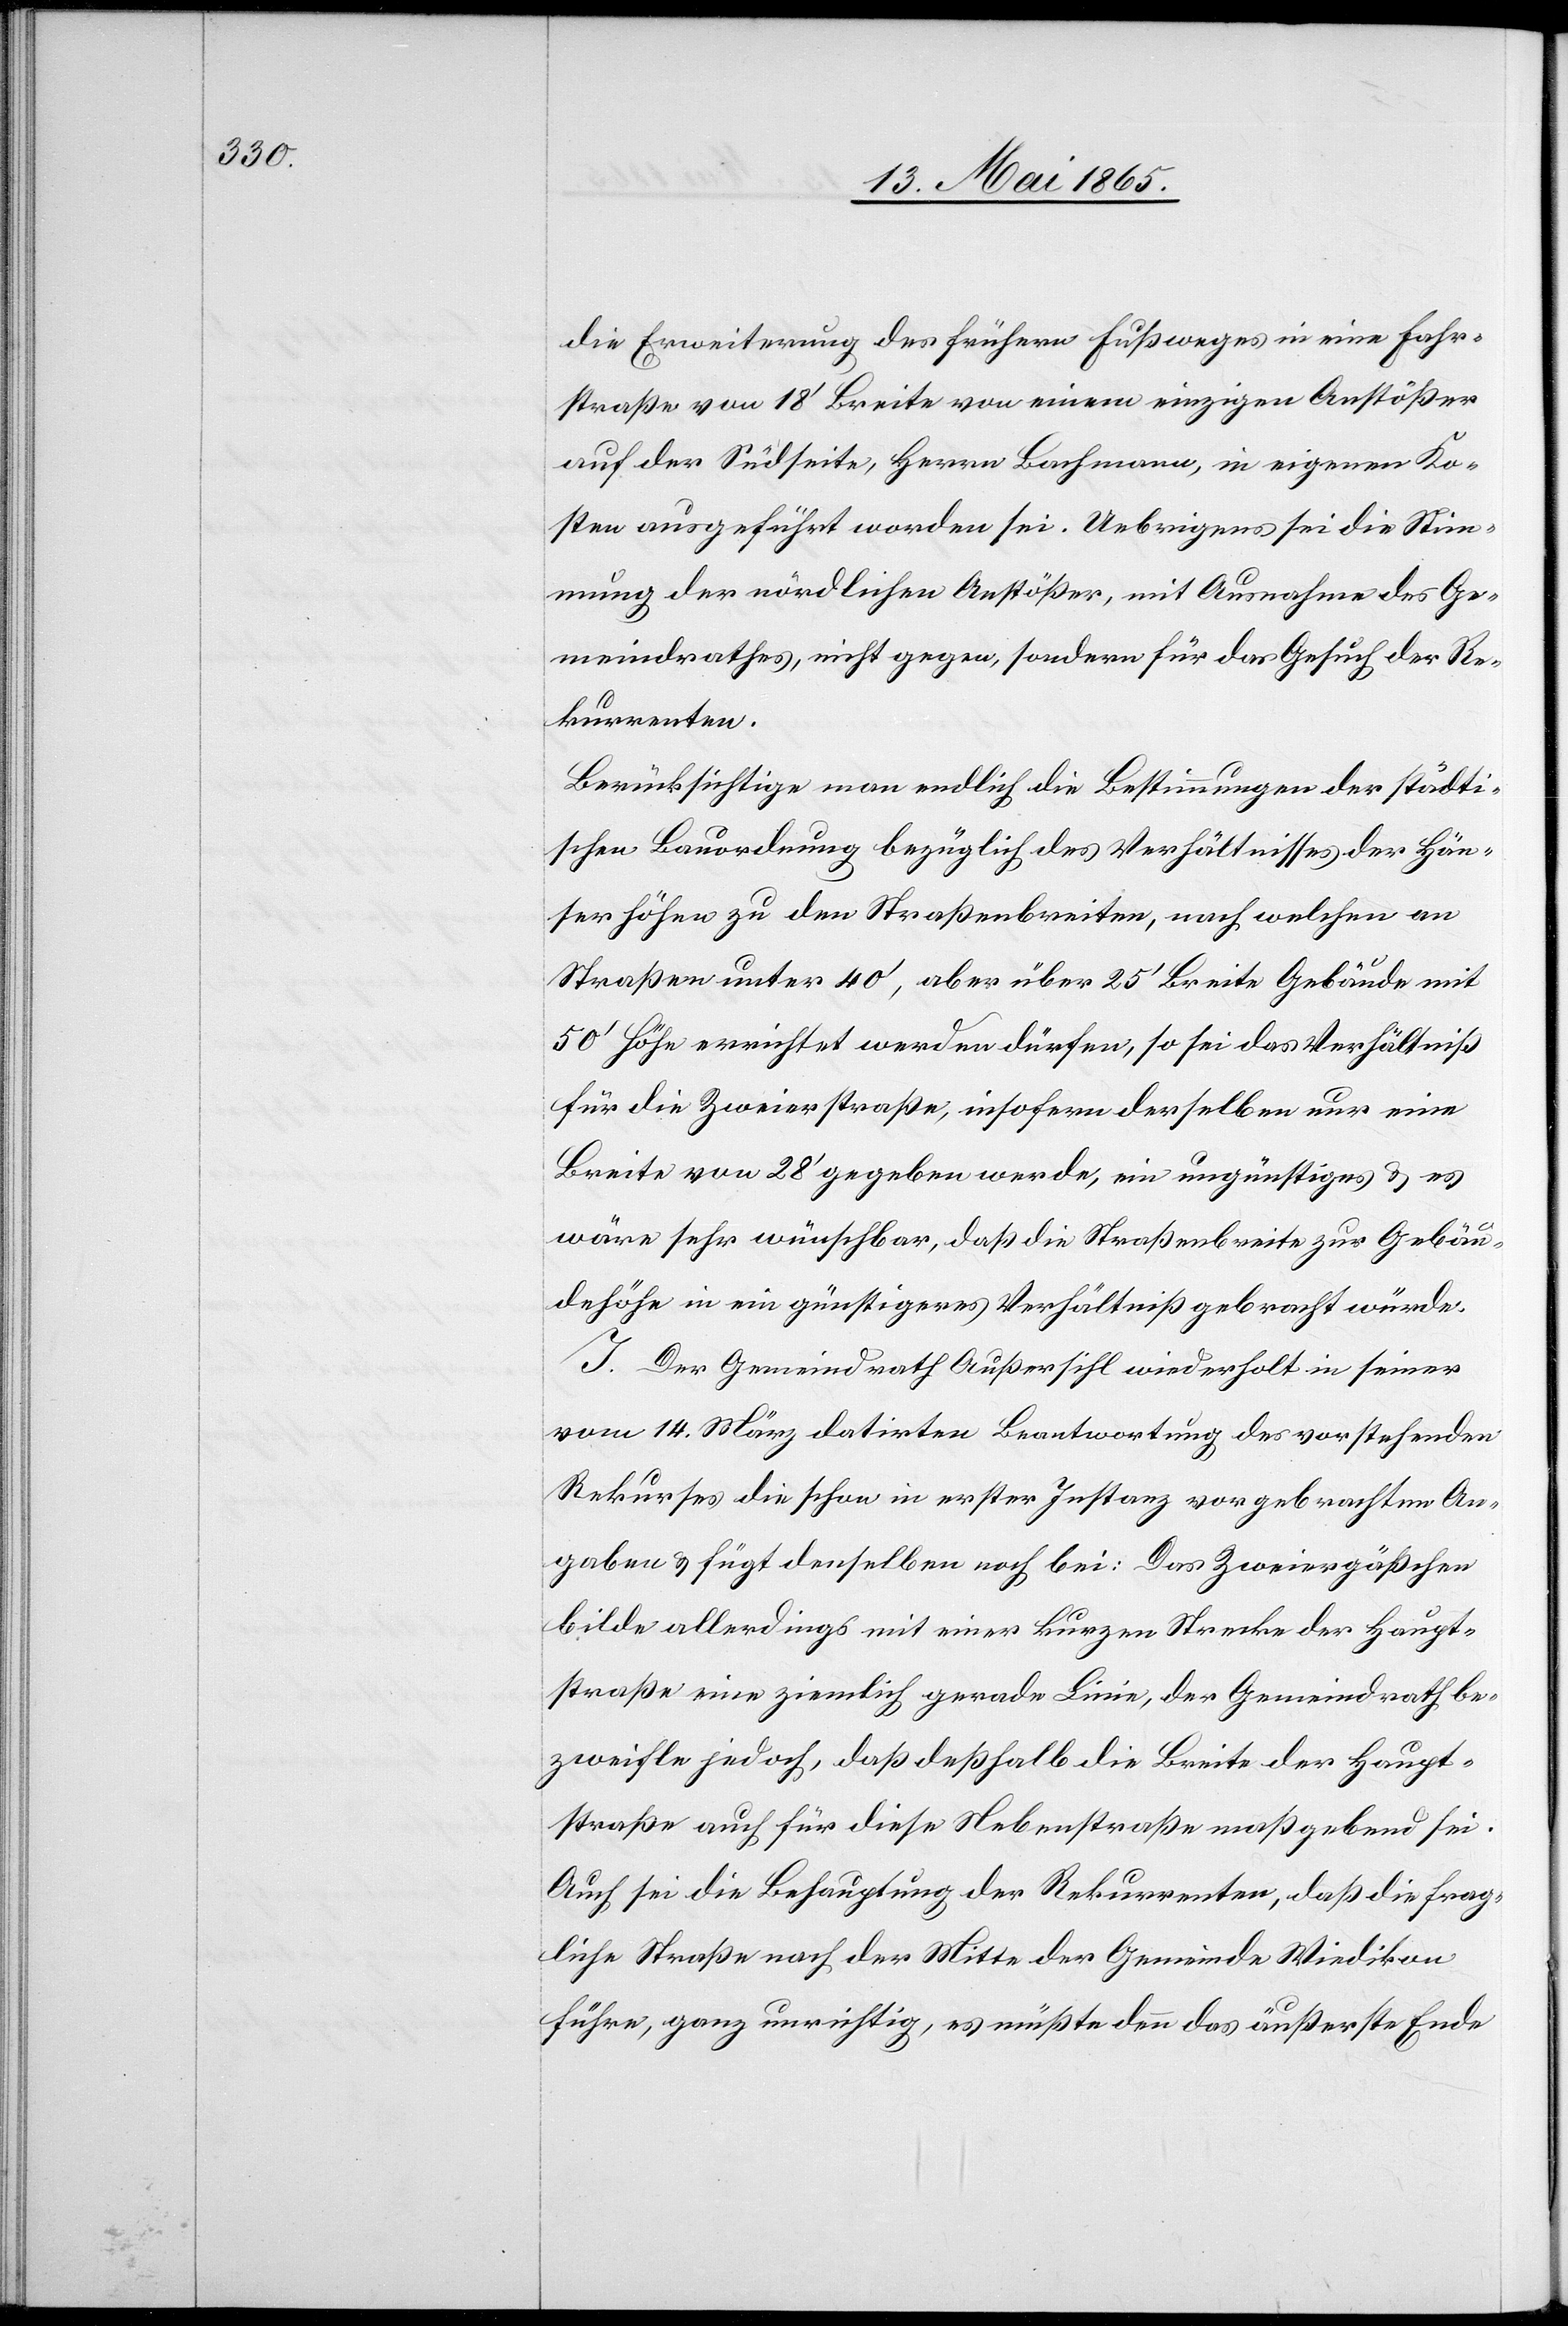
Häu¬

die Erweiterung des frühern Fußweges in eine Fahr¬
straße von 18’ Breite von einem einzigen Anstößer
auf der Südseite, Herrn Bachmann, in eigenen Ko¬
sten ausgeführt worden sei. Uebrigens sei die Stim¬
mung der nördlichen Anstößer, mit Ausnahme des Ge¬
meindrathes, nicht gegen, sondern für das Gesuch der Re¬
kurrenten.
Berücksichtige man endlich die Bestimmungen der städti¬
schen Bauordnung bezüglich des Verhältnisses der Hän¬
serhöhen] zu den Straßenbreiten, nach welchen an
Straßen unter 40’, aber über 25’ Breite Gebäude mit
50’ Höhe errichtet werden dürfen, so sei das Verhältniß
für die Zweierstraße, insofern derselben nur eine
Breite von 28’ gegeben werde, ein ungünstiges & es
wäre sehr wünschbar, daß die Straßenbreite zur Gebäu¬
dehöhe in ein günstigeres Verhältniß gebracht würde.
J. Der Gemeindrath Außersihl wiederholt in seiner
vom 14. März datirten Beantwortung des vorstehenden
Rekurses die schon in erster Instanz vorgebrachten An¬
gaben & fügt denselben noch bei: Das Zweiergäßchen
bilde allerdings mit einer kurzen Strecke der Haupt¬
straße eine ziemlich gerade Linie, der Gemeindrath be¬
zweifle jedoch, daß deßhalb die Breite der Haupt¬
straße auch für diese Nebenstraße maßgebend sei.
Auch sei die Behauptung der Rekurrenten, daß die frag¬
liche Straße nach der Mitte der Gemeinde Wiedikon
führe, ganz unrichtig, es müßte denn das äußerste Ende